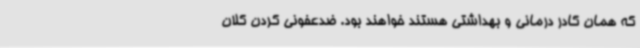
که همان کادر درمانی و بهداشتی هستند خواهند بود. ضدعفونی کردن کلان